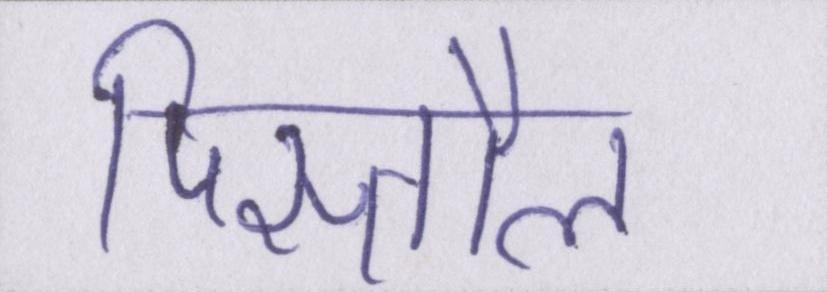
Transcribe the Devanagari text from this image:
पिस्तौल